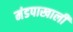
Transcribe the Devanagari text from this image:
मंडपाखाली